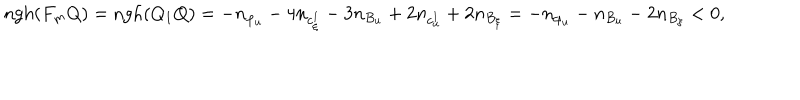
LaTeX: \mathrm { n g h } ( F _ { m } Q ) = \mathrm { n g h } ( Q _ { 1 } Q ) = - n _ { \varphi _ { u } } - 4 n _ { c _ { \xi } ^ { 1 } } - 3 n _ { B _ { u } } + 2 n _ { c _ { u } ^ { 1 } } + 2 n _ { B _ { \xi } } = - n _ { \varphi _ { u } } - n _ { B _ { u } } - 2 n _ { B _ { \xi } } < 0 ,